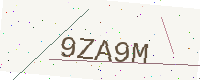
Text: 9ZA9M